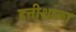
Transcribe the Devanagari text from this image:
हत्तीशाळा